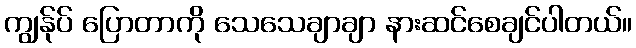
ကျွန်ုပ် ပြောတာကို သေသေချာချာ နားဆင်စေချင်ပါတယ်။